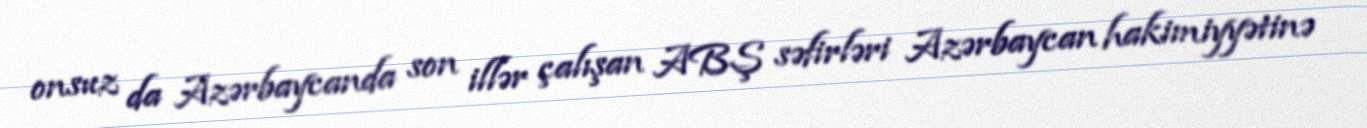
onsuz da Azərbaycanda son illər çalışan ABŞ səfirləri Azərbaycan hakimiyyətinə